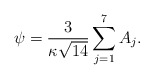
\begin{align*}{\psi=\frac{3}{\kappa\sqrt{14}}\sum_{j=1}^{7}A_j.}\end{align*}